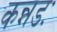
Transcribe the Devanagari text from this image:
कन्नडः